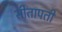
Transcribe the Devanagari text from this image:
सीतापती